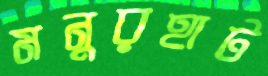
মনুরহাট